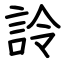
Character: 詅